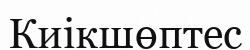
Киікшөптес